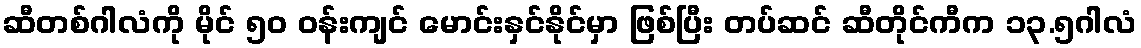
ဆီတစ်ဂါလံကို မိုင် ၅၀ ဝန်းကျင် မောင်းနှင်နိုင်မှာ ဖြစ်ပြီး တပ်ဆင် ဆီတိုင်ကီက ၁၃.၅ဂါလံ